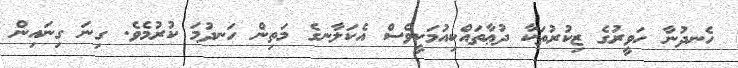
ހެނދުނާ ހަވީރުގެ ޒިކުރުތަކާ ދުޢާތައްކިއުމަކީވެސް އެކަލާނގެ މަތިން ހަނދުމަ ކުރުމެވެ. ގިނަ ގިނައިން